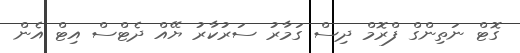
ގޮޓް ނަތިންގް ފްރޮމް ދިސް ގަމާރު ސަރުކާރު ޔޭއް ދެޓްސް އިޓް އެން